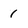
Character: 1